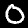
Label: 0